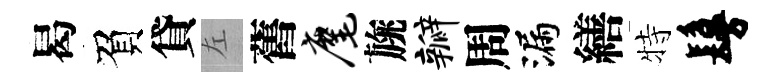
曷負貸左舊麾旐瓣周漏繕特鬘